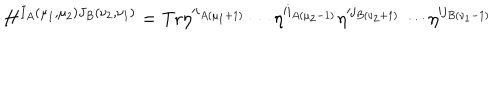
H ^ { I _ { A } ( \mu _ { 1 } , \mu _ { 2 } ) J _ { B } ( \nu _ { 2 } , \nu _ { 1 } ) } = \mathrm { T r } \eta ^ { i _ { A ( \mu _ { 1 } + 1 ) } } \cdots \eta ^ { i _ { A ( \mu _ { 2 } - 1 ) } } \eta ^ { j _ { B ( \nu _ { 2 } + 1 ) } } \cdots \eta ^ { j _ { B ( \nu _ { 1 } - 1 ) } }